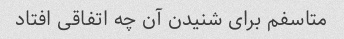
متاسفم برای شنیدن آن چه اتفاقی افتاد